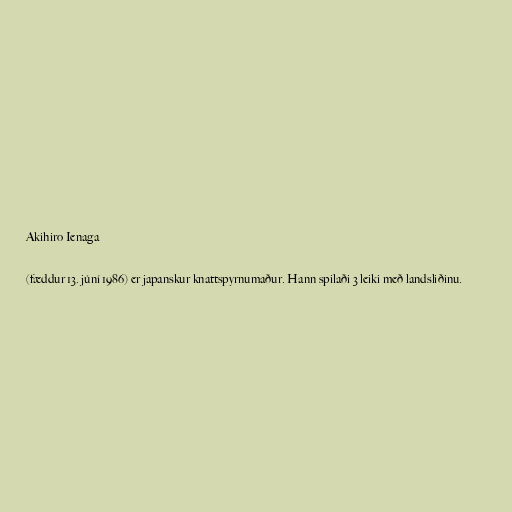
Akihiro Ienaga

(fæddur 13. júní 1986) er japanskur knattspyrnumaður. Hann spilaði 3 leiki með landsliðinu.